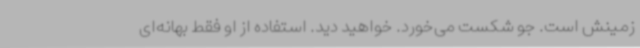
زمینش است. جو شکست می‌خورد. خواهید دید. استفاده از او فقط بهانه‌ای